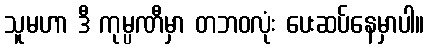
သူမဟာ ဒီ ကုမ္ပဏီမှာ တဘဝလုံး ပေးဆပ်နေမှာပါ။